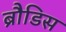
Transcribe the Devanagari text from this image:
ब्रौडिस